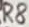
Text: R8